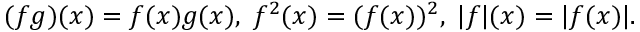
( f g ) ( x ) = f ( x ) g ( x ) , \; f ^ { 2 } ( x ) = ( f ( x ) ) ^ { 2 } , \; | f | ( x ) = | f ( x ) | .